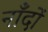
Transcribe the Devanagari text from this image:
नाँदों